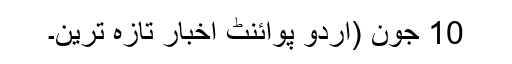
10 جون (اُردو پوائنٹ اخبار تازہ ترین۔